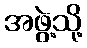
အဖွဲ့သို့